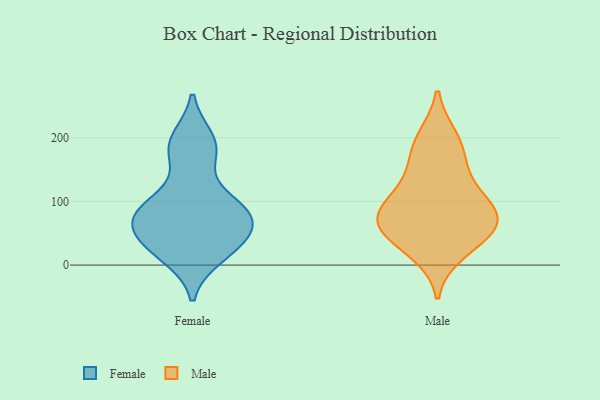
{"axis": {"x": "Page Views", "y": "Value"}, "legend": ["Female", "Male"], "data": [{"x": "", "y": 89, "type": "Female"}, {"x": "", "y": 61, "type": "Female"}, {"x": "", "y": 79, "type": "Female"}, {"x": "", "y": 76, "type": "Female"}, {"x": "", "y": 94, "type": "Female"}, {"x": "", "y": 178, "type": "Female"}, {"x": "", "y": 42, "type": "Female"}, {"x": "", "y": 87, "type": "Female"}, {"x": "", "y": 16, "type": "Female"}, {"x": "", "y": 30, "type": "Female"}, {"x": "", "y": 183, "type": "Female"}, {"x": "", "y": 30, "type": "Female"}, {"x": "", "y": 196, "type": "Female"}, {"x": "", "y": 146, "type": "Male"}, {"x": "", "y": 85, "type": "Male"}, {"x": "", "y": 79, "type": "Male"}, {"x": "", "y": 22, "type": "Male"}, {"x": "", "y": 57, "type": "Male"}, {"x": "", "y": 45, "type": "Male"}, {"x": "", "y": 184, "type": "Male"}, {"x": "", "y": 116, "type": "Male"}, {"x": "", "y": 64, "type": "Male"}, {"x": "", "y": 198, "type": "Male"}, {"x": "", "y": 82, "type": "Male"}]}